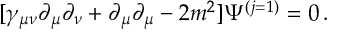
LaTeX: [ \gamma _ { \mu \nu } \partial _ { \mu } \partial _ { \nu } + \partial _ { \mu } \partial _ { \mu } - 2 m ^ { 2 } ] \Psi ^ { ( j = 1 ) } = 0 \, .